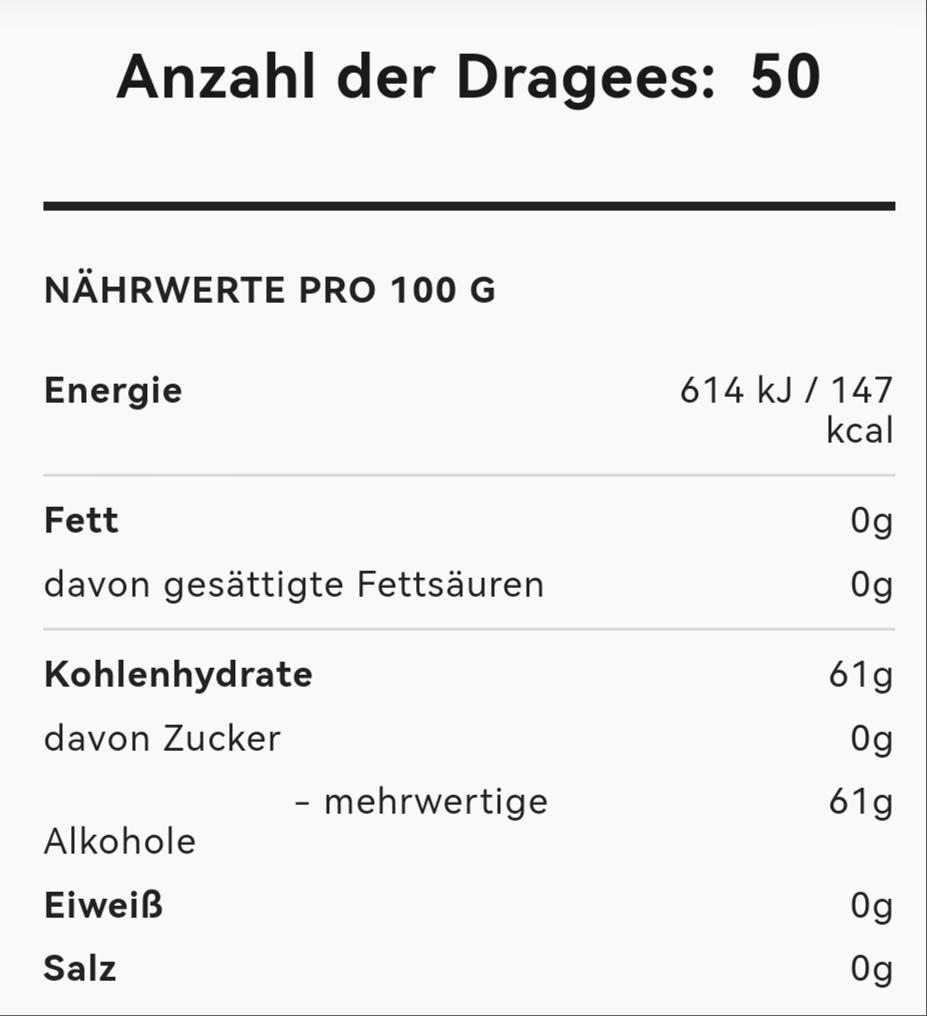
Anzahl der Dragees: 50
NÄHRWERTE PRO 100 G
Energie
Fett
davon gesättigte Fettsäuren
Kohlenhydrate
davon Zucker
Alkohole
Eiweiß
Salz
- mehrwertige
614 kJ / 147 kcal
Og
Og
61g
og
61g
Og
Og